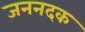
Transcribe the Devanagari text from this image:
जननदक